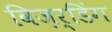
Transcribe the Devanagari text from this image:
विज़र्डिंग